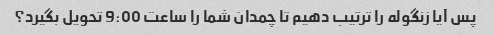
پس آیا زنگوله را ترتیب دهیم تا چمدان شما را ساعت 9:00 تحویل بگیرد؟